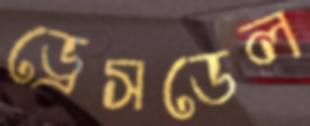
ড্রেসডেল